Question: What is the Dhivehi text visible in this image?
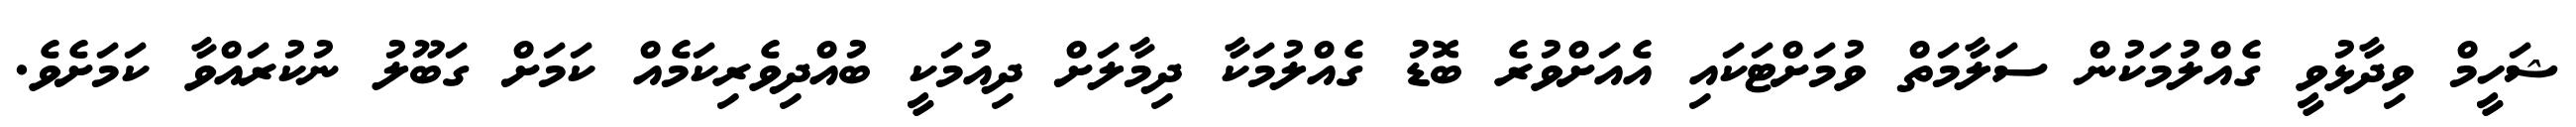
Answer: ޝަހީމް ވިދާޅުވީ ގެއްލުމަކުން ސަލާމަތް ވުމަށްޓަކައި އެއަށްވުރެ ބޮޑު ގެއްލުމަކާ ދިމާލަށް ދިއުމަކީ ބުއްދިވެރިކަމެއް ކަމަށް ގަބޫލު ނުކުރައްވާ ކަމަށެވެ.